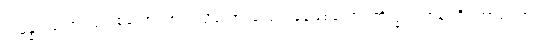
သမန္နာဂတော၊ ပြည့်စုံသော။ အာဝါသိကော၊ ကျောင်နေဖြစ်သော။ ဘိက္ခု၊ ရဟန်းကို။ အာဘာတံ၊